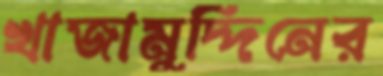
খাজামুদ্দিনের